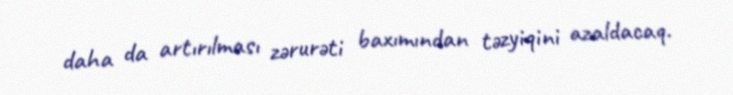
daha da artırılması zərurəti baxımından təzyiqini azaldacaq.